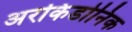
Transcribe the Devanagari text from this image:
अरकिडोनिक